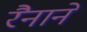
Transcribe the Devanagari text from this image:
रैनाने